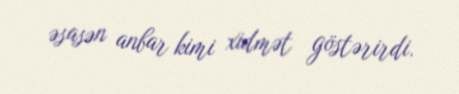
əsasən anbar kimi xidmət göstərirdi.